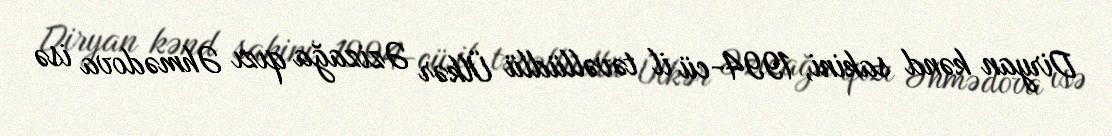
Diryan kənd sakini, 1994-cü il təvəllüdlü Ülkər Əzizağa qızı Əhmədova isə